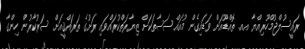
ރައީސުލްޖުމްހޫރިއްޔާ އއ. ތޮއްޑޫއަށް ވަޑައިގެން މުއައްސަސާތަކަށް ޒިޔާރަތްކުރައްވައި ރަށުގެ ތަރައްޤީއަށް ސަރުކާރުން ހިންގާ